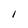
Character: 1